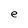
Character: e